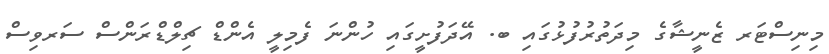
މިނިސްޓަރ ޒެނީޝާގެ މިދަތުރުފުޅުގައި ބ. އޭދަފުށީގައި ހުންނަ ފެމިލީ އެންޑް ޗިލްޑްރަންސް ސަރވިސް